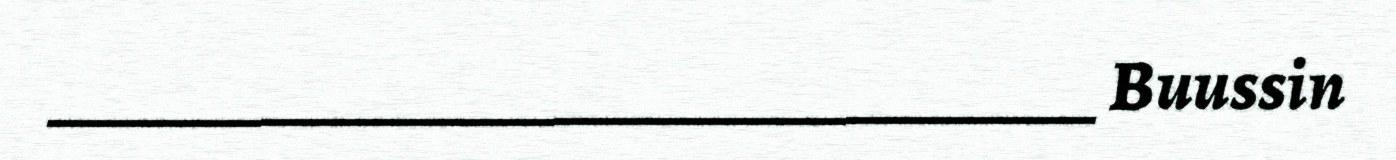
_________________________________ Buussin